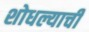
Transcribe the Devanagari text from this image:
शोधल्याची